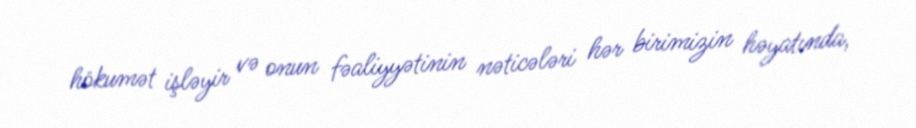
hökumət işləyir və onun fəaliyyətinin nəticələri hər birimizin həyatında,